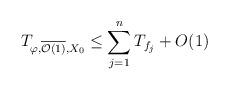
LaTeX: \begin{align*} T_{\varphi, \overline{\mathcal{O}(1)},X_0} \le \sum_{j=1}^n T_{f_j} + O(1) \end{align*}